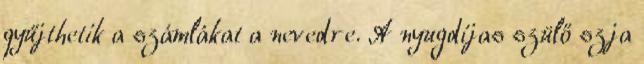
gyűjthetik a számlákat a nevedre. A nyugdíjas szülő szja